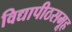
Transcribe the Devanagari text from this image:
विद्यापीठसमूह